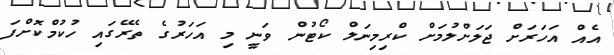
އެއް އަހަރަށް ޖަލަށްލުމަށް ކްރިމިނަލް ކޯޓުން ވަނީ މި އަހަރުގެ ތެރޭގައި ހުކުމްކޮށްފަ